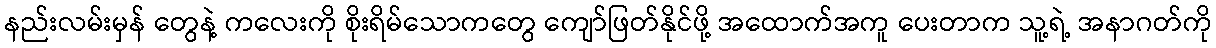
နည်းလမ်းမှန် တွေနဲ့ ကလေးကို စိုးရိမ်သောကတွေ ကျော်ဖြတ်နိုင်ဖို့ အထောက်အကူ ပေးတာက သူ့ရဲ့ အနာဂတ်ကို